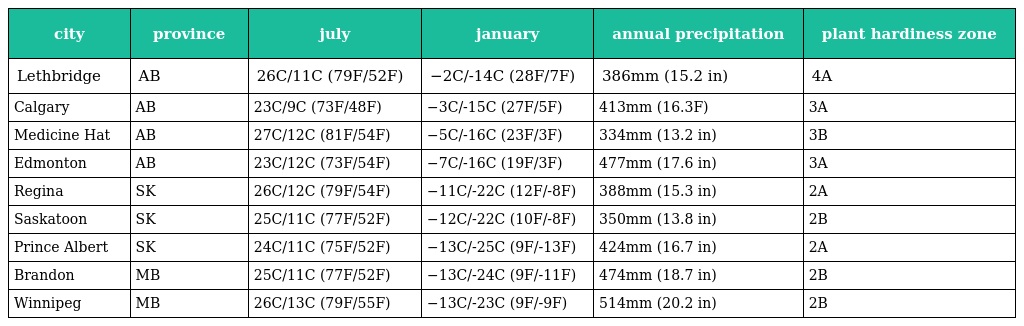
| city | province | july | january | annual precipitation | plant hardiness zone |
 | --- | --- | --- | --- | --- | --- |
 | Lethbridge | AB | 26C/11C (79F/52F) | −2C/-14C (28F/7F) | 386mm (15.2 in) | 4A |
 | Calgary | AB | 23C/9C (73F/48F) | −3C/-15C (27F/5F) | 413mm (16.3F) | 3A |
 | Medicine Hat | AB | 27C/12C (81F/54F) | −5C/-16C (23F/3F) | 334mm (13.2 in) | 3B |
 | Edmonton | AB | 23C/12C (73F/54F) | −7C/-16C (19F/3F) | 477mm (17.6 in) | 3A |
 | Regina | SK | 26C/12C (79F/54F) | −11C/-22C (12F/-8F) | 388mm (15.3 in) | 2A |
 | Saskatoon | SK | 25C/11C (77F/52F) | −12C/-22C (10F/-8F) | 350mm (13.8 in) | 2B |
 | Prince Albert | SK | 24C/11C (75F/52F) | −13C/-25C (9F/-13F) | 424mm (16.7 in) | 2A |
 | Brandon | MB | 25C/11C (77F/52F) | −13C/-24C (9F/-11F) | 474mm (18.7 in) | 2B |
 | Winnipeg | MB | 26C/13C (79F/55F) | −13C/-23C (9F/-9F) | 514mm (20.2 in) | 2B |